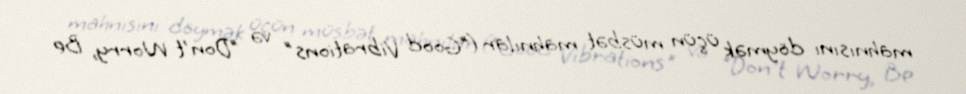
mahnısını döymək üçün müsbət mahnılar ("Good Vibrations" və "Don't Worry, Be